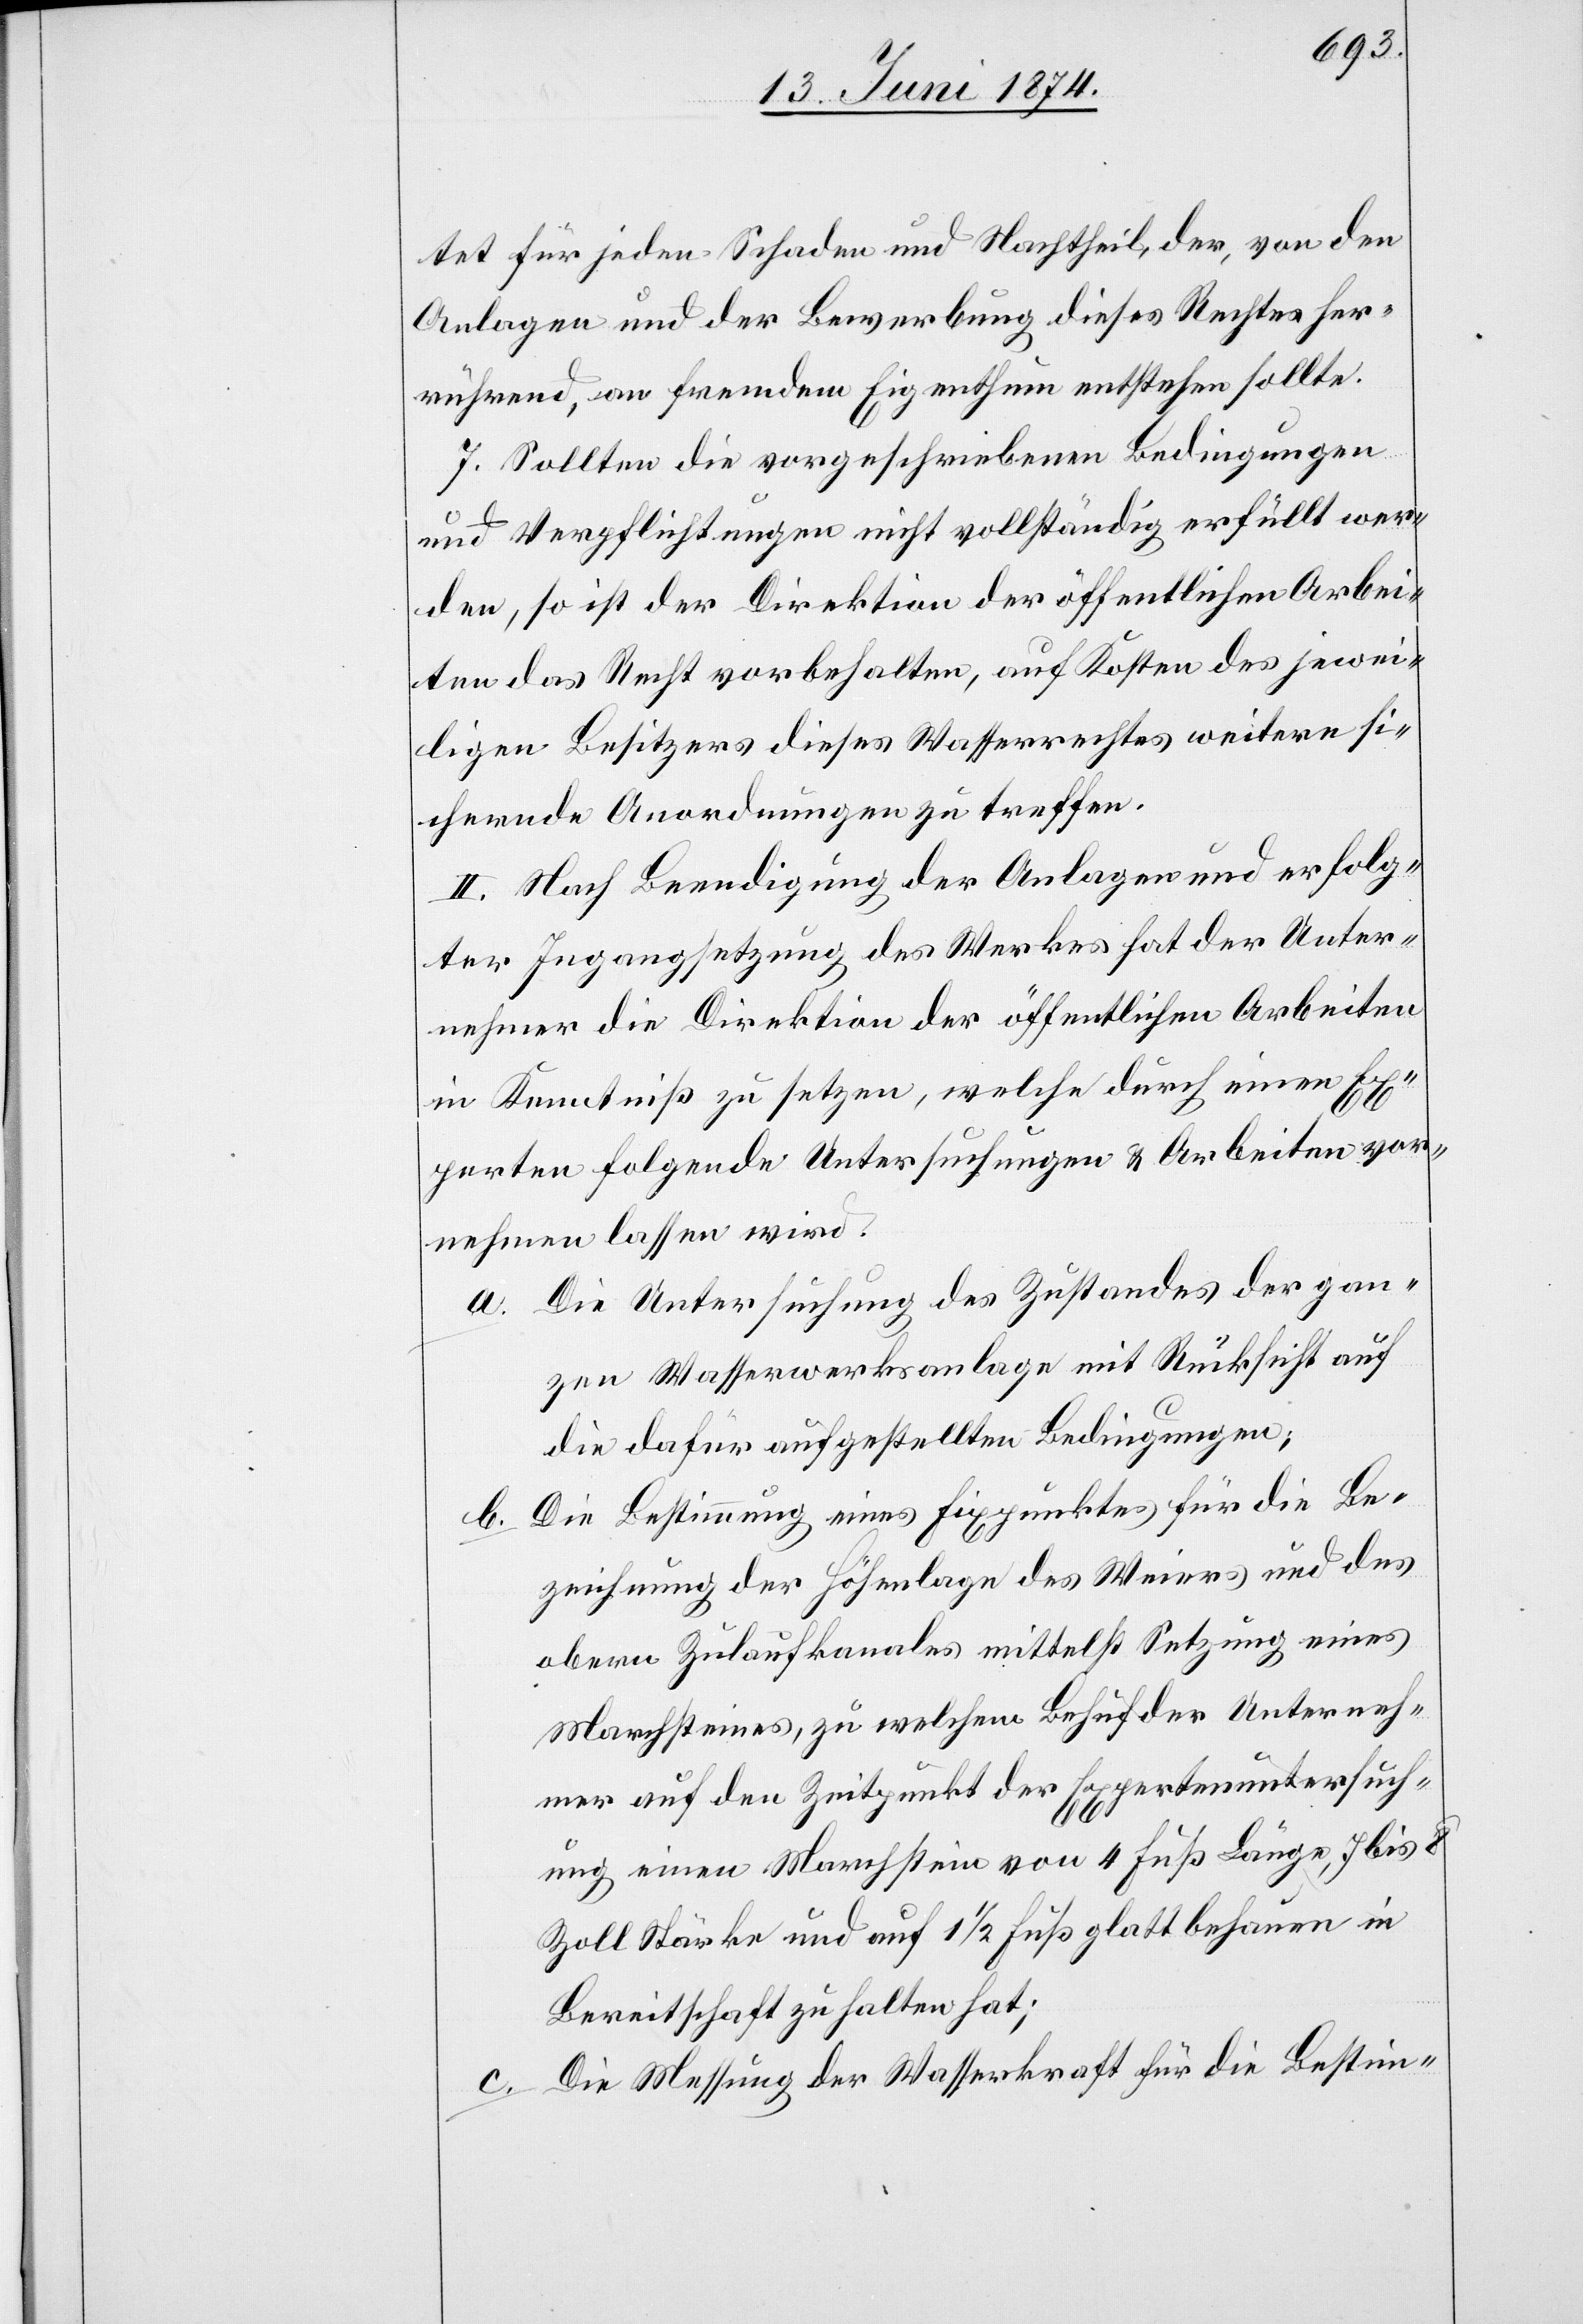
tet für jeden Schaden und Nachtheil, der, von den
Anlagen und der Bewerbung dieses Rechtes her¬
rührend, an fremdem Eigenthum entstehen sollte.
7. Sollten die vorgeschriebenen Bedingungen
und Verpflichtungen nicht vollständig erfüllt wer¬
den, so ist der Direktion der öffentlichen Arbei¬
ten das Recht vorbehalten, auf Kosten des jewei¬
ligen Besitzers dieses Wasserrechtes weitere si¬
chernde Anordnungen zu treffen.
II. Nach Beendigung der Anlagen und erfolg¬
ter Ingangsetzung des Werkes hat der Unter¬
nehmer die Direktion der öffentlichen Arbeiten
in Kenntniß zu setzen, welche durch einen Ex¬
perten folgende Untersuchungen u. Arbeiten vor¬
nehmen lassen wird.
a. Die Untersuchung des Zustandes der gan¬
zen Wasserwerksanlage mit Rücksicht auf
die dafür aufgestellten Bedingungen;
b. Die Bestimmung eines Fixpunktes für die Be¬
zeichnung der Höhenlage des Weiers und des
obern Zulaufkanales mittelst Setzung eines
Marchsteines, zu welchem Behuf der Unterneh¬
mer auf den Zeitpunkt der Expertenuntersuch¬
ung einen Marchstein von 4 Fuß Länge, 7 bis 8
Zoll Stärke und auf 1 1/2 Fuß glatt behauen in
Bereitschaft zu halten hat;
c. Die Messung der Wasserkraft für die Bestim-